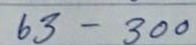
63 - 300